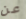
عن